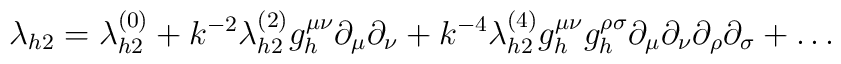
\lambda_{h2} = \lambda_{h2}^{(0)} + k^{-2}\lambda_{h2}^{(2)} g_h^{\mu\nu} \partial_{\mu} \partial_{\nu} + k^{-4}\lambda_{h2}^{(4)} g_h^{\mu \nu} g_h^{\rho \sigma} \partial_\mu \partial_\nu \partial_\rho\partial_\sigma + \ldots